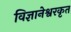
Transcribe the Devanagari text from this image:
विज्ञानेश्वरकृत